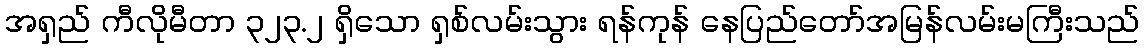
အရှည် ကီလိုမီတာ ၃၂၃.၂ ရှိသော ရှစ်လမ်းသွား ရန်ကုန် နေပြည်တော်အမြန်လမ်းမကြီးသည်